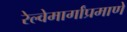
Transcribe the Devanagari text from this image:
रेल्वेमार्गांप्रमाणे